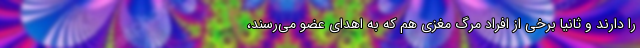
را دارند و ثانیا برخی از افراد مرگ مغزی هم که به اهدای عضو می‌رسند،